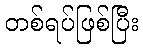
တစ်ရပ်ဖြစ်ပြီး